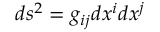
d s ^ { 2 } = g _ { i j } d x ^ { i } d x ^ { j }